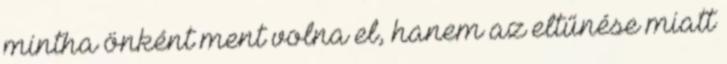
mintha önként ment volna el, hanem az eltűnése miatt